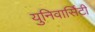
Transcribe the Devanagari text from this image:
युनिवार्सिटी